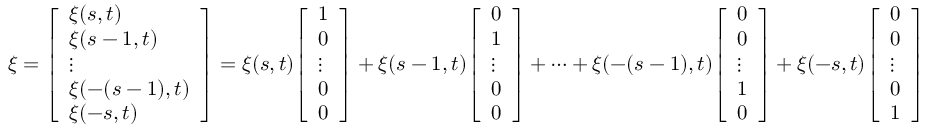
\xi = { \left[ \begin{array} { l } { \xi ( s , t ) } \\ { \xi ( s - 1 , t ) } \\ { \vdots } \\ { \xi ( - ( s - 1 ) , t ) } \\ { \xi ( - s , t ) } \end{array} \right] } = \xi ( s , t ) { \left[ \begin{array} { l } { 1 } \\ { 0 } \\ { \vdots } \\ { 0 } \\ { 0 } \end{array} \right] } + \xi ( s - 1 , t ) { \left[ \begin{array} { l } { 0 } \\ { 1 } \\ { \vdots } \\ { 0 } \\ { 0 } \end{array} \right] } + \cdots + \xi ( - ( s - 1 ) , t ) { \left[ \begin{array} { l } { 0 } \\ { 0 } \\ { \vdots } \\ { 1 } \\ { 0 } \end{array} \right] } + \xi ( - s , t ) { \left[ \begin{array} { l } { 0 } \\ { 0 } \\ { \vdots } \\ { 0 } \\ { 1 } \end{array} \right] }